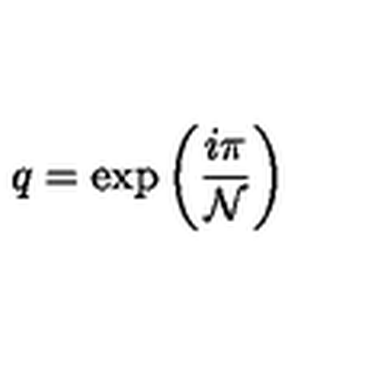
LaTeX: q = \mathrm { e x p } \left( \frac { i \pi } { { \cal N } } \right)